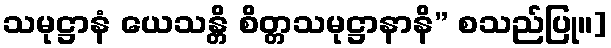
သမုဋ္ဌာနံ ယေသန္တိ စိတ္တသမုဋ္ဌာနာနိ” စသည်ပြု။]